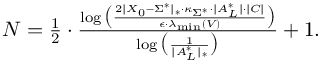
\begin{array} { r } { N = \frac { 1 } { 2 } \cdot \frac { \log \big ( \frac { 2 \| X _ { 0 } - \Sigma ^ { * } \| _ { * } \cdot \kappa _ { \Sigma ^ { * } } \cdot \| A _ { L } ^ { * } \| \cdot \| C \| } { \epsilon \cdot \lambda _ { \operatorname* { m i n } } ( V ) } \big ) } { \log \big ( \frac { 1 } { \| A _ { L } ^ { * } \| _ { * } } \big ) } + 1 . } \end{array}